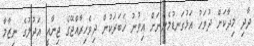
ދާދި މިދާކަށް ދުވަހު އަޅުގަނޑުމެންނަށް އިވުނު ޚަބަރަކުން ދިވެހިރާއްޖޭގެ ޖިނާއީ އަދުލުގެ ނިޒާމާ